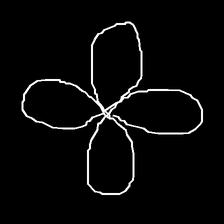
Glyph: billowing